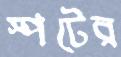
স্পটের